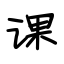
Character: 课